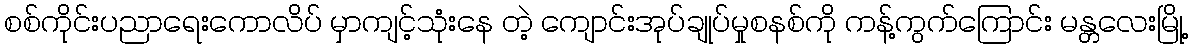
စစ်ကိုင်းပညာရေးကောလိပ် မှာကျင့်သုံးနေ တဲ့ ကျောင်းအုပ်ချုပ်မှုစနစ်ကို ကန့်ကွက်ကြောင်း မန္တလေးမြို့